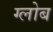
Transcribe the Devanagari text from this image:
ग्‍लोब